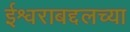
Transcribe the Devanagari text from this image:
ईश्वराबद्दलच्या